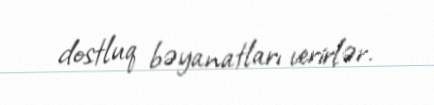
dostluq bəyanatları verirlər.